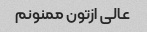
عالی ازتون ممنونم